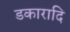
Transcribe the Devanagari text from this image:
डकारादि